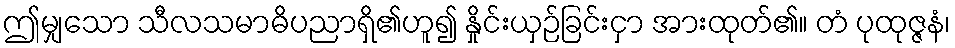
ဤမျှသော သီလသမာဓိပညာရှိ၏ဟူ၍ နှိုင်းယှဉ်ခြင်းငှာ အားထုတ်၏။ တံ ပုထုဇ္ဇနံ၊